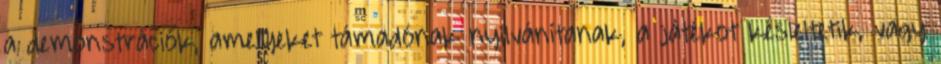
a demonstrációk, amelyeket támadónak nyilvánítanak, a játékot késleltetik, vagy